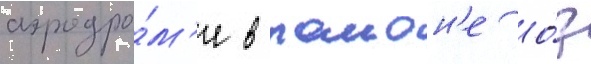
аэродро́м'е в раион'е о́з